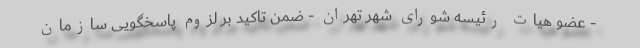
- عضو هیات رئیسه شورای شهر تهران - ضمن تاکید بر لزوم پاسخگویی سازمان